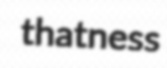
thatness